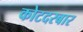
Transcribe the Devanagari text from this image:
कोटदरबार